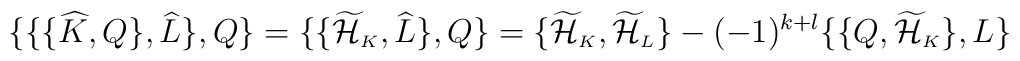
\{\{\{\widehat{K},Q\},\widehat{L}\},Q\} =\{\{\widetilde{\cal H}_{\scriptscriptstyle K}, \widehat{L}\}, Q\}=\{\widetilde{\cal H}_{\scriptscriptstyle K},\widetilde{\cal H}_{\scriptscriptstyle L}\}-(-1)^{k+l}\{\{Q,\widetilde{\cal H}_{\scriptscriptstyle K}\},L\}